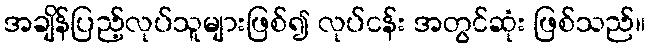
အချိန်ပြည့်လုပ်သူများဖြစ်၍ လုပ်ငန်း အတွင်ဆုံး ဖြစ်သည်။